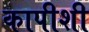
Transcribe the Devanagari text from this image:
कापीशी